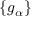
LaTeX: \{ g _ { \alpha } \}